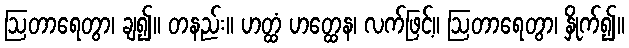
ဩတာရေတွာ၊ ချ၍။ တနည်း။ ဟတ္ထံ ဟတ္ထေန၊ လက်ဖြင့်။ ဩတာရေတွာ၊ နှိုက်၍။